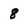
Character: 8